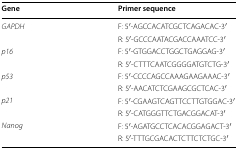
<table><thead><tr><td><b>Gene</b></td><td><b>Primer sequence</b></td></tr></thead><tbody><tr><td rowspan="2"><i>GAPDH</i></td><td>F: 5′-AGCCACATCGCTCAGACAC-3′</td></tr><tr><td>R: 5′-GCCCAATACGACCAAATCC-3′</td></tr><tr><td rowspan="2"><i>p16</i></td><td>F: 5′-GTGGACCTGGCTGAGGAG-3′</td></tr><tr><td>R: 5′-CTTTCAATCGGGGATGTCTG-3′</td></tr><tr><td rowspan="2"><i>p53</i></td><td>F: 5′-CCCCAGCCAAAGAAGAAAC-3′</td></tr><tr><td>R: 5′-AACATCTCGAAGCGCTCAC-3′</td></tr><tr><td rowspan="2"><i>p21</i></td><td>F: 5′-CGAAGTCAGTTCCTTGTGGAC-3′</td></tr><tr><td>R: 5′-CATGGGTTCTGACGGACAT-3′</td></tr><tr><td rowspan="2"><i>Nanog</i></td><td>F: 5′-AGATGCCTCACACGGAGACT-3′</td></tr><tr><td>R: 5′-TTTGCGACACTCTTCTCTGC-3′</td></tr></tbody></table>